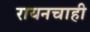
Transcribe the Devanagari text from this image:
रायनचाही